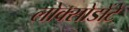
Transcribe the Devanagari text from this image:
लोक्सोडोंटे